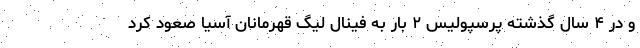
و در ۴ سال گذشته پرسپولیس ۲ بار به فینال لیگ قهرمانان آسیا صعود کرد